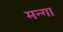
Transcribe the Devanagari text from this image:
मन्गा